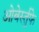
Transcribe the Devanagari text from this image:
ओबेर्स्तुफे